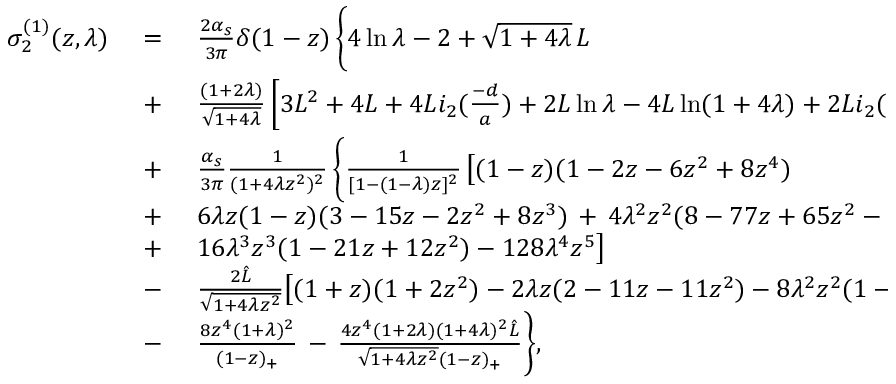
\begin{array} { l l l } { { \sigma _ { 2 } ^ { ( 1 ) } ( z , \lambda ) \ } } & { { = \ } } & { { \frac { 2 \alpha _ { s } } { 3 \pi } \delta ( 1 - z ) \, \biggl \{ 4 \ln \lambda - 2 + \sqrt { 1 + 4 \lambda } \, L } } \\ { { } } & { { + } } & { { \frac { ( 1 + 2 \lambda ) } { \sqrt { 1 + 4 \lambda } } \left[ 3 L ^ { 2 } + 4 L + 4 L i _ { 2 } ( \frac { - d } { a } ) + 2 L \ln \lambda - 4 L \ln ( 1 + 4 \lambda ) + 2 L i _ { 2 } ( \frac { d ^ { 2 } } { a ^ { 2 } } ) \right] \biggr \} \, } } \\ { { } } & { { + } } & { { \frac { \alpha _ { s } } { 3 \pi } \frac { 1 } { ( 1 + 4 \lambda z ^ { 2 } ) ^ { 2 } } \, \biggl \{ \frac { 1 } { [ 1 - ( 1 - \lambda ) z ] ^ { 2 } } \, \bigl [ ( 1 - z ) ( 1 - 2 z - 6 z ^ { 2 } + 8 z ^ { 4 } ) \, } } \\ { { } } & { { + } } & { { 6 \lambda z ( 1 - z ) ( 3 - 1 5 z - 2 z ^ { 2 } + 8 z ^ { 3 } ) \, + \, 4 \lambda ^ { 2 } z ^ { 2 } ( 8 - 7 7 z + 6 5 z ^ { 2 } - 2 z ^ { 3 } ) \, + } } \\ { { } } & { { + } } & { { 1 6 \lambda ^ { 3 } z ^ { 3 } ( 1 - 2 1 z + 1 2 z ^ { 2 } ) - 1 2 8 \lambda ^ { 4 } z ^ { 5 } \bigr ] } } \\ { { } } & { { - } } & { { \frac { 2 \hat { L } } { \sqrt { 1 + 4 \lambda z ^ { 2 } } } \bigl [ ( 1 + z ) ( 1 + 2 z ^ { 2 } ) - 2 \lambda z ( 2 - 1 1 z - 1 1 z ^ { 2 } ) - 8 \lambda ^ { 2 } z ^ { 2 } ( 1 - 9 z ) \bigr ] } } \\ { { } } & { { - } } & { { \frac { 8 z ^ { 4 } ( 1 + \lambda ) ^ { 2 } } { ( 1 - z ) _ { + } } \, - \, \frac { 4 z ^ { 4 } ( 1 + 2 \lambda ) ( 1 + 4 \lambda ) ^ { 2 } \hat { L } } { \sqrt { 1 + 4 \lambda z ^ { 2 } } ( 1 - z ) _ { + } } \biggr \} , } } \end{array}